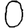
Digit: 0